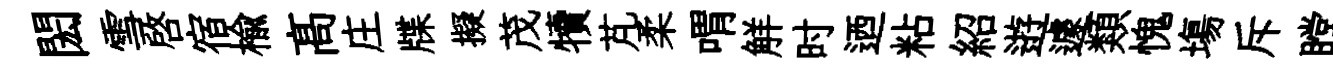
閎雪啓宿楡髙庄牒擬茂犢芃柔喟觧时迺粘紹逰遽類愧塲斥瞠